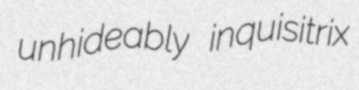
unhideably inquisitrix